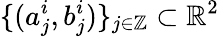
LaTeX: \{ (a_{j}^{i},b_{j}^{i})\} _{j\in\mathbb{Z}}\subset\mathbb{R}^{2}